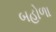
બહોળા